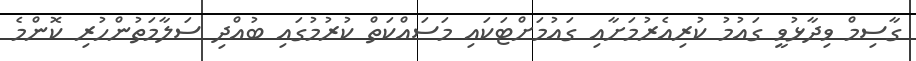
ގާސިމް ވިދާޅުވީ ގައުމު ކުރިއެރުމަށާއި ގައުމަށްޓަކައި މަސައްކަތް ކުރުމުގައި ބުއްދި ސަލާމަތުންހުރި ކޮންމެ